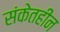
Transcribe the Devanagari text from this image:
संकेतहीन